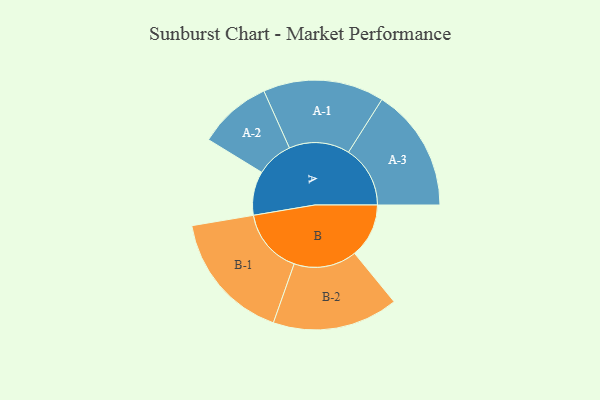
{"axis": {"x": "Segment", "y": "Value"}, "legend": ["", "A", "B"], "data": [{"x": "A", "y": 183, "type": ""}, {"x": "B", "y": 226, "type": ""}, {"x": "A-1", "y": 252, "type": "A"}, {"x": "A-2", "y": 153, "type": "A"}, {"x": "A-3", "y": 257, "type": "A"}, {"x": "B-1", "y": 272, "type": "B"}, {"x": "B-2", "y": 262, "type": "B"}]}